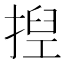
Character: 揑